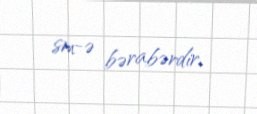
sm-ə bərabərdir.